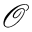
\boldsymbol { \mathcal { O } }